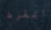
القرط